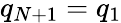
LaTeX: q_{N+1}=q_{1}